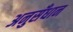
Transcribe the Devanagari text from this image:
अनुसँधान